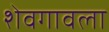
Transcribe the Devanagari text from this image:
शेवगावला